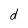
Character: d